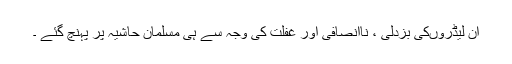
ان لیڈروںکی بزدلی ، ناانصافی اور غفلت کی وجہ سے ہی مسلمان حاشیہ پر پہنچ گئے ۔